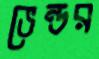
ভেন্ডর